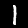
Label: 1